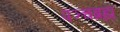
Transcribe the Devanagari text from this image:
पञ्चब्रह्म